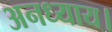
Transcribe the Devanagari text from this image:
अनध्याय।